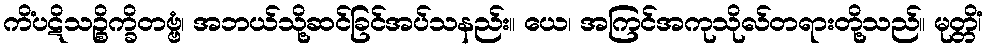
ကိံပဋိသဉ္စိက္ခိတဗ္ဗံ၊ အဘယ်သို့ဆင်ခြင်အပ်သနည်း။ ယေ၊ အကြင်အကုသိုလ်တရားတို့သည်။ မုတ္တိံ၊